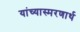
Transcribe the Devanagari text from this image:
यांच्यास्मरणार्थ